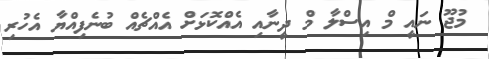
މުޖޫ ނައީ މް އިސްލާ މް ދީނާއި އެއްކޮޅަށް އެއްޗެއް ބުނެފިއްޔާ އެހުރި